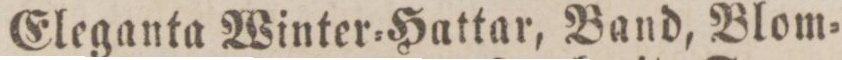
Eleganta Winter=Hattar, Band, Blom=